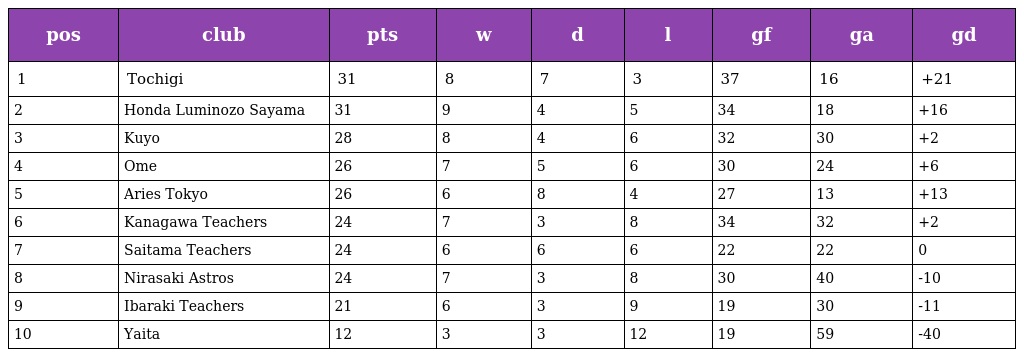
| pos | club | pts | w | d | l | gf | ga | gd |
 | --- | --- | --- | --- | --- | --- | --- | --- | --- |
 | 1 | Tochigi | 31 | 8 | 7 | 3 | 37 | 16 | +21 |
 | 2 | Honda Luminozo Sayama | 31 | 9 | 4 | 5 | 34 | 18 | +16 |
 | 3 | Kuyo | 28 | 8 | 4 | 6 | 32 | 30 | +2 |
 | 4 | Ome | 26 | 7 | 5 | 6 | 30 | 24 | +6 |
 | 5 | Aries Tokyo | 26 | 6 | 8 | 4 | 27 | 13 | +13 |
 | 6 | Kanagawa Teachers | 24 | 7 | 3 | 8 | 34 | 32 | +2 |
 | 7 | Saitama Teachers | 24 | 6 | 6 | 6 | 22 | 22 | 0 |
 | 8 | Nirasaki Astros | 24 | 7 | 3 | 8 | 30 | 40 | -10 |
 | 9 | Ibaraki Teachers | 21 | 6 | 3 | 9 | 19 | 30 | -11 |
 | 10 | Yaita | 12 | 3 | 3 | 12 | 19 | 59 | -40 |